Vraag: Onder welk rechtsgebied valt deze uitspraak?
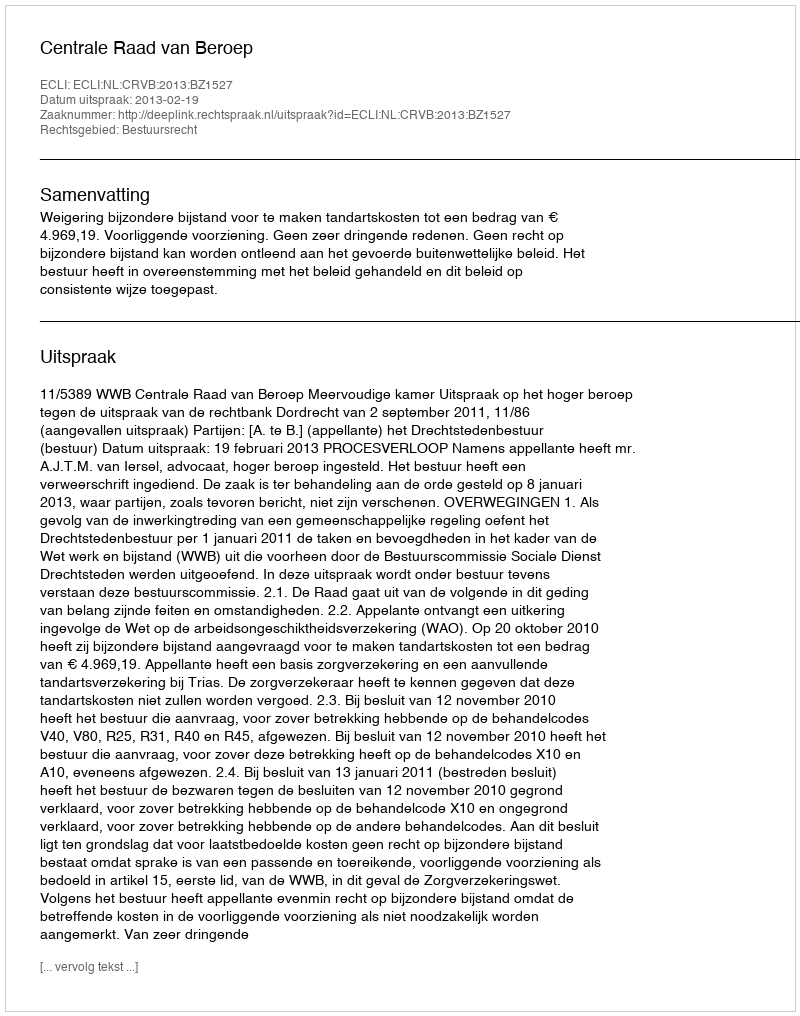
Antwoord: Bestuursrecht